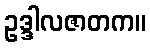
ဥဒ္ဒါလဇာတက။